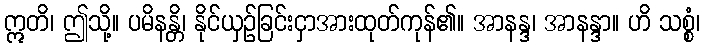
ဣတိ၊ ဤသို့။ ပမိနန္တိ၊ နိုင်ယှဉ်ခြင်းငှာအားထုတ်ကုန်၏။ အာနန္ဒ၊ အာနန္ဒာ။ ဟိ သစ္စံ၊